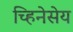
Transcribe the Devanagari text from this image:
च्हिनेसेय